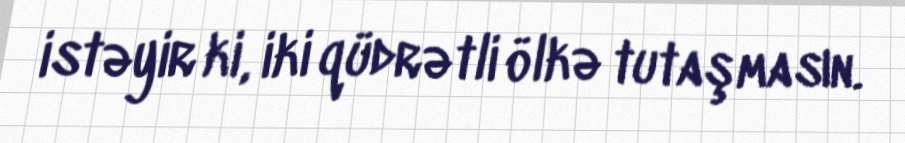
istəyir ki, iki qüdrətli ölkə tutaşmasın.